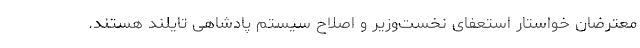
معترضان خواستار استعفای نخست‌وزیر و اصلاح سیستم پادشاهی تایلند هستند.